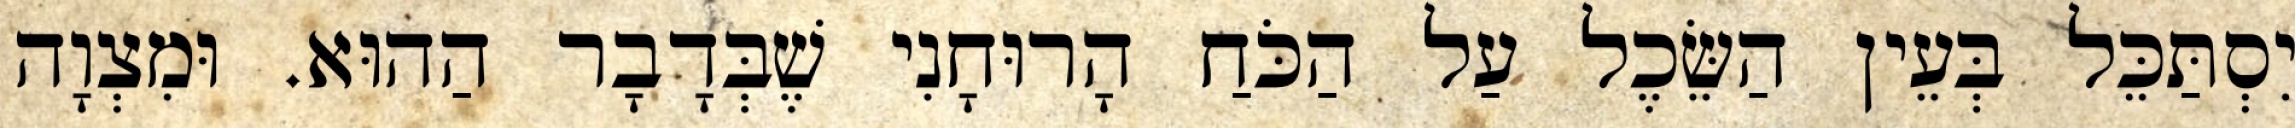
יִסְתַּכֵּל בְּעֵין הַשֵּׂכֶל עַל הַכֹּחַ הָרוּחָנִי שֶׁבְּדָבָר הַהוּא. וּמִצְוָה